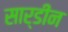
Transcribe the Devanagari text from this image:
सार्डीन